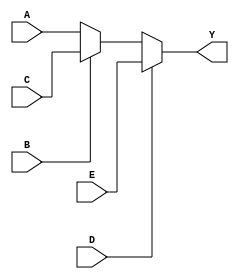
module test(input A, B, C, D, E,
            output reg Y);
    always @* begin
	Y <= A;
	if (B)
	    Y <= C;
	if (D)
	    Y <= E;
    end
endmodule